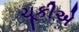
ચૂકીએ